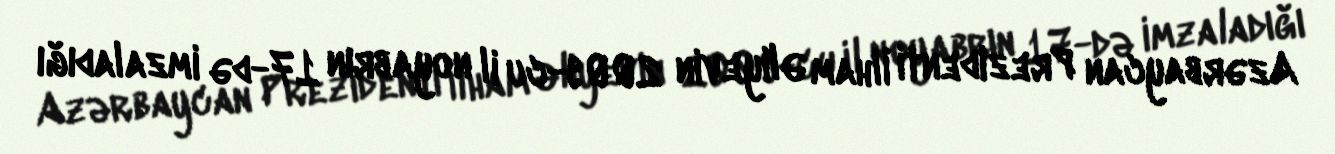
Azərbaycan Prezidenti İlham Əliyevin 2009-cu il noyabrın 17-də imzaladığı